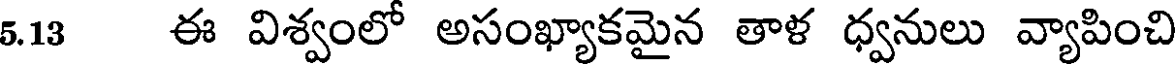
5.13 ఈ విశ్వంలో అసంఖ్యాకమైన తాళ ధ్వనులు వ్యాపించి